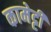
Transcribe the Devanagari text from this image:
कामेट्टी